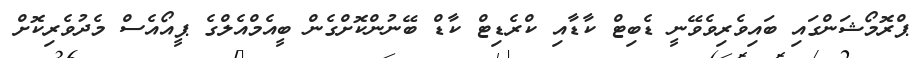
ޕްރޮމޯޝަންގައި ބައިވެރިވެވޭނީ ޑެބިޓް ކާޑާއި ކްރެޑިޓް ކާޑް ބޭނުންކޮށްގެން ބީއެމްއެލްގެ ޕީއޯއެސް މެދުވެރިކޮށް